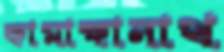
কামাক্ষানাথ